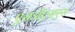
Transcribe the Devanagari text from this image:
एसडीएसएस